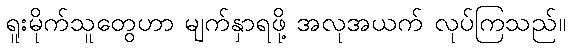
ရူးမိုက်သူတွေဟာ မျက်နှာရဖို့ အလုအယက် လုပ်ကြသည်။